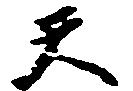
天